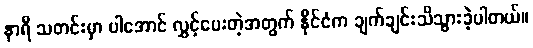
နာရီ သတင်းမှာ ပါအောင် လွှင့်ပေးတဲ့အတွက် နိုင်ငံက ချက်ချင်းသိသွားခဲ့ပါတယ်။